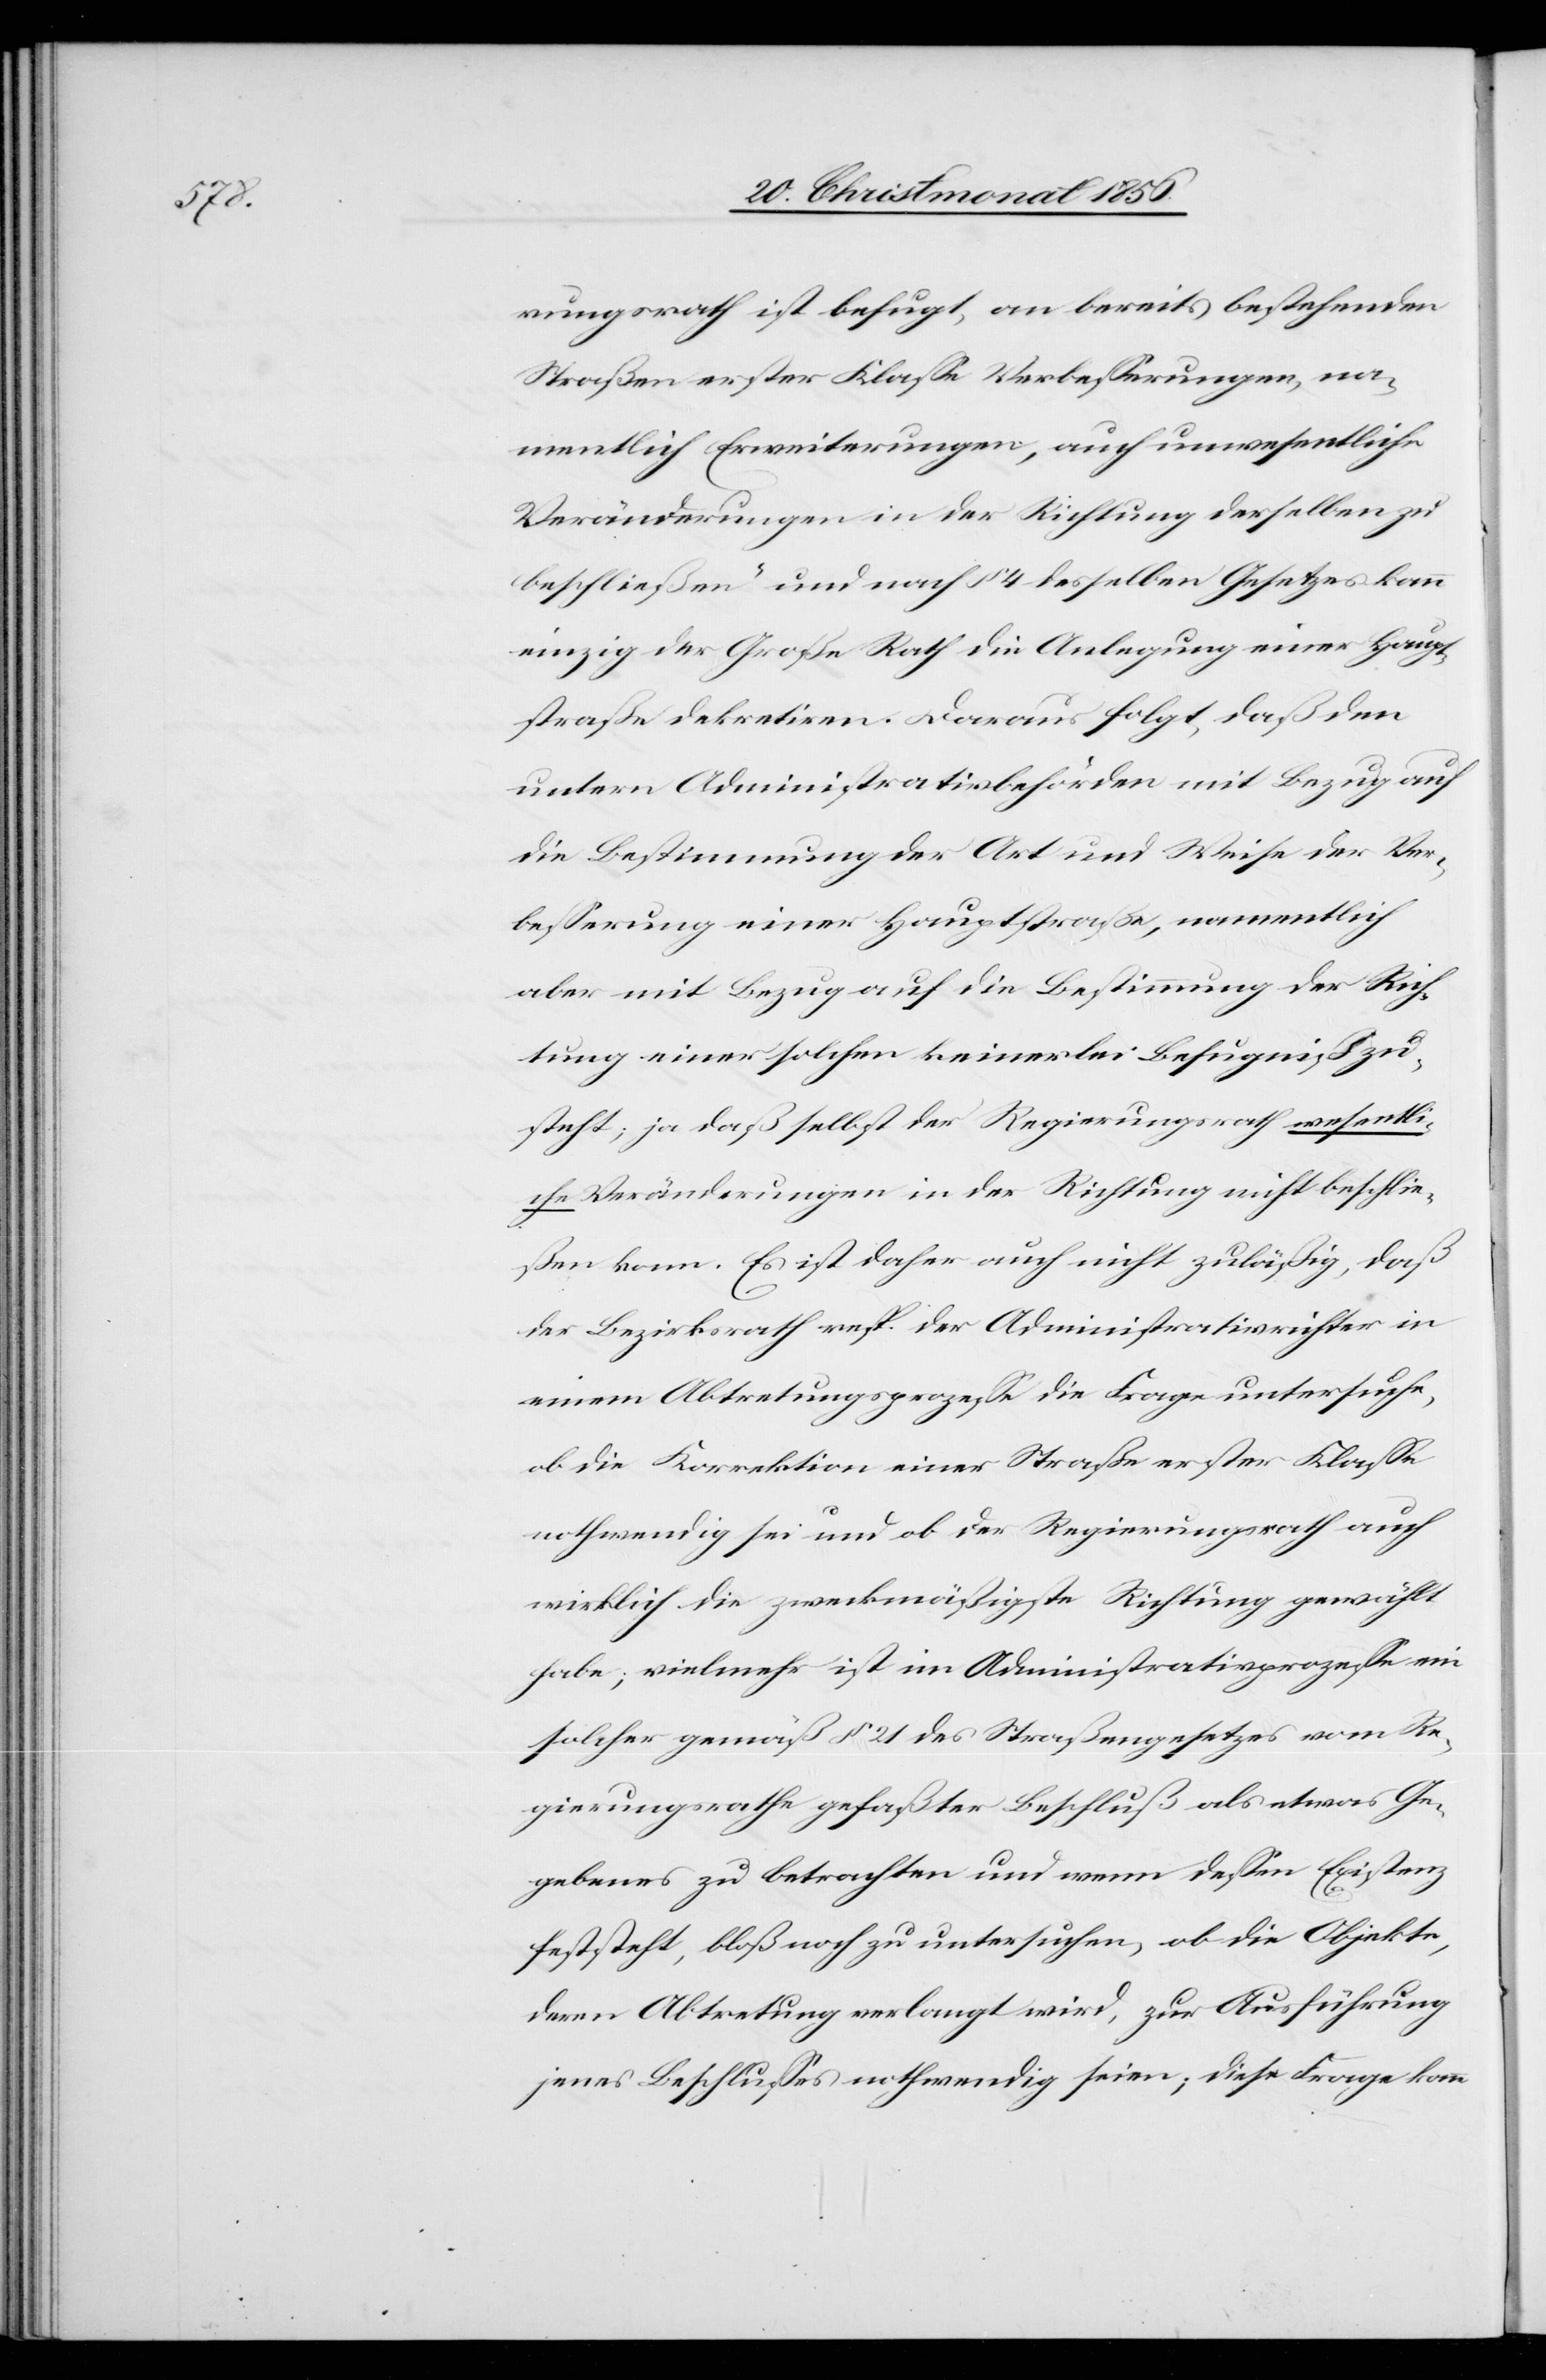
rungsrath ist befugt, an bereits bestehenden
Straßen erster Klasse Verbesserungen, na¬
mentlich Erweiterungen, auch unwesentliche
Veränderungen in der Richtung derselben zu
beschließen“ und nach § 4 desselben Gesetzes kann
einzig der Große Rath die Anlegung einer Haupt¬
straße dekretiren. Daraus folgt, daß den
untern Administrativbehörden mit Bezug auf
die Bestimmung der Art und Weise der Ver¬
besserung einer Hauptstraße, namentlich
aber mit Bezug auf die Bestimmung der Rich¬
tung einer solchen keinerlei Befugniß zu¬
steht; ja daß selbst der Regierungsrath wesentli¬
che Veränderungen in der Richtung nicht beschlie¬
ßen kann. Es ist daher auch nicht zuläßig, daß
der Bezirksrath resp. der Administrativrichter in
einem Abtretungsprozesse die Frage untersuche,
ob die Korrektion einer Straße erster Klasse
nothwendig sei und ob der Regierungsrath auch
wirklich die zweckmäßigste Richtung gewählt
habe; vielmehr ist im Administrativprozesse ein
solcher gemäß § 21 des Straßengesetzes vom Re¬
gierungsrathe gefaßter Beschluß als etwas Ge¬
gebenes zu betrachten und wenn dessen Existenz
feststeht, bloß zu untersuchen, ob die Objekte,
deren Abtretung verlangt wird, zur Ausführung
jenes Beschlusses nothwendig seien; diese Frage kann